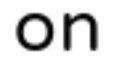
on